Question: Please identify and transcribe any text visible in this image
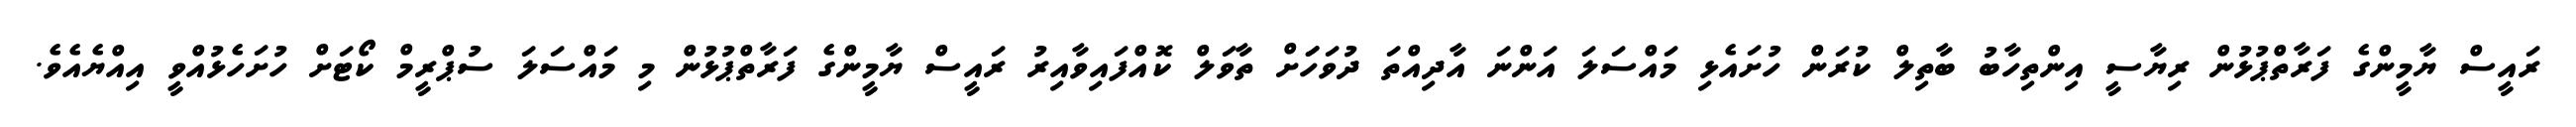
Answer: ރައީސް ޔާމީންގެ ފަރާތްޕުޅުން ރިޔާސީ އިންތިހާބު ބާތިލް ކުރަން ހުށައެޅި މައްސަލަ އަންނަ އާދިއްތަ ދުވަހަަށް ތާވަލް ކޮއްފައިވާއިރު ރައީސް ޔާމީންގެ ފަރާތްޕުޅުން މި މައްސަލަ ސުޕްރީމް ކޯޓަށް ހުށަހެޅުއްވީ އިއްޔެއެވެ.